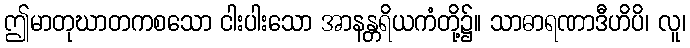
ဤမာတုဃာတကစသော ငါးပါးသော အာနန္တရိယကံတို့၌။ သာဓာရဏာဒီဟိပိ၊ လူ၊